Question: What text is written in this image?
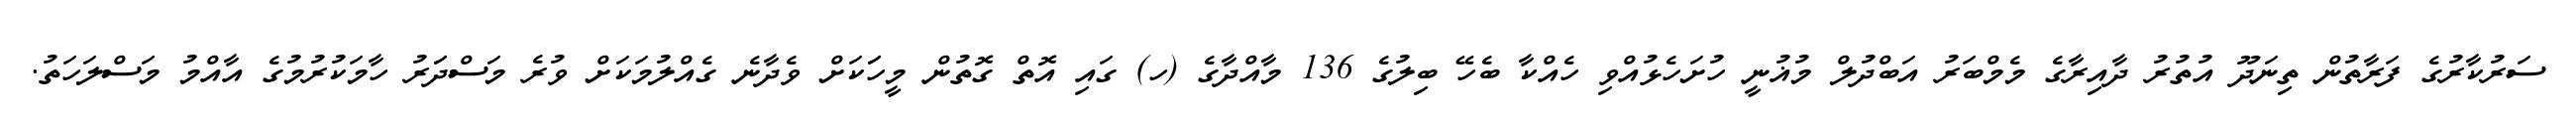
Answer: ސަރުކާރުގެ ފަރާތުން ތިނަދޫ އުތުރު ދާއިރާގެ މެމްބަރު އަބްދުލް މުޣުނީ ހުށަހެޅުއްވި ހެއްކާ ބެހޭ ބިލުގެ 136 މާއްދާގެ (ހ) ގައި އޮތް ގޮތުން މީހަަކަށް ވެދާނެ ގެއްލުމަކަށް ވުރެ މަސްދަަރު ހާމަކުރުމުގެ އާއްމު މަސްލަހަތު.